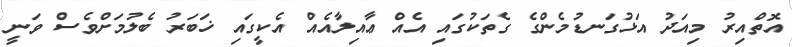
އޮތްއިރު މިއަދު އަޅުގަނޑުމެންގެ ގެތަކުގައި އެއް ޢާއިލާއެއް އެކީގައި ޚަބަރު ބެލުމަށްވެސް ވަނީ